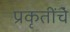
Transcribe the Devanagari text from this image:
प्रकृतींचे